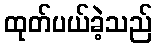
ထုတ်ပယ်ခဲ့သည်